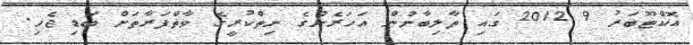
އޮކްޓޫބަރު 9 2012 ގައި ތާލިބާނުން އަހަރެންގެ ނިތްކުރީގެ ވާތްފަރާތަށް ބަޑި ޖެހި.